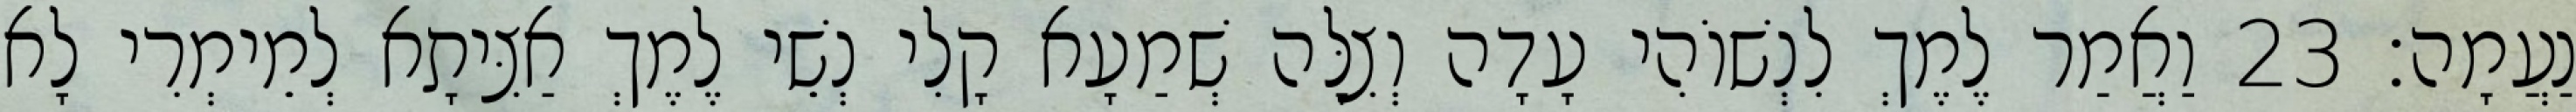
נַעֲמָה׃ 23 וַאֲמַר לֶמֶךְ לִנְשׁוֹהִי עָדָה וְצִלָּה שְׁמַעָא קָלִי נְשֵׁי לֶמֶךְ אַצִּיתָא לְמֵימְרִי לָא